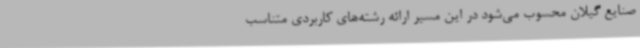
صنایع گیلان محسوب می‌شود در این مسیر ارائه رشته‌های کاربردی متناسب